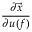
\displaystyle \frac { \partial \vec { x } } { \partial u ( f ) }